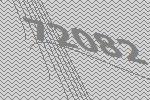
72082